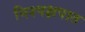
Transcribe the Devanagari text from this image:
निश्पक्षपात